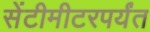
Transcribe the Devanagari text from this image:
सेंटीमीटरपर्यंत